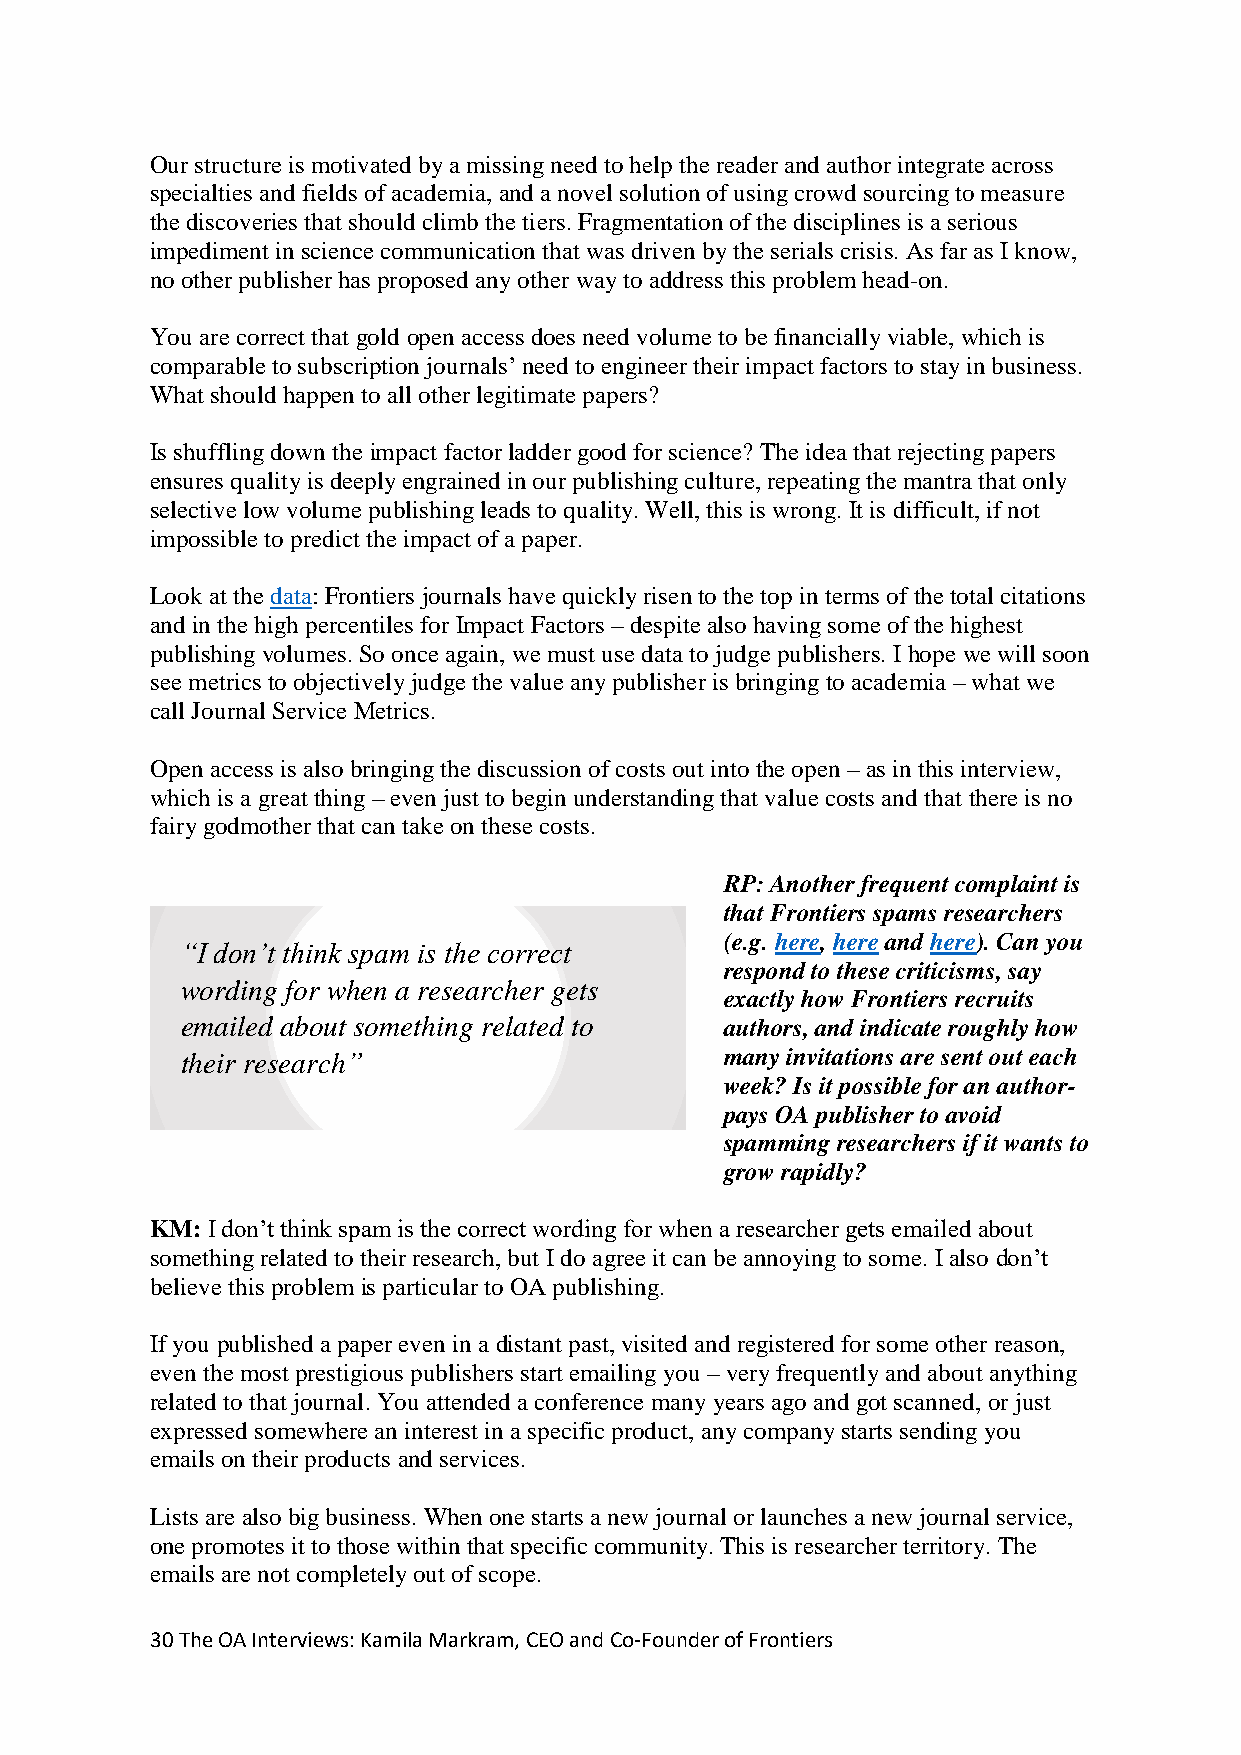
Our structure is motivated by a missing need to help the reader and author integrate across
 specialties and fields of academia, and a novel solution of using crowd sourcing to measure
 the discoveries that should climb the tiers. Fragmentation of the disciplines is a serious
 impediment in science communication that was driven by the serials crisis. As far as I know,
 no other publisher has proposed any other way to address this problem head-on.
 You are correct that gold open access does need volume to be financially viable, which is
 comparable to subscription journals’ need to engineer their impact factors to stay in business.
 What should happen to all other legitimate papers?
 Is shuffling down the impact factor ladder good for science? The idea that rejecting papers
 ensures quality is deeply engrained in our publishing culture, repeating the mantra that only
 selective low volume publishing leads to quality. Well, this is wrong. It is difficult, if not
 impossible to predict the impact of a paper.
 Look at the data: Frontiers journals have quickly risen to the top in terms of the total citations
 and in the high percentiles for Impact Factors – despite also having some of the highest
 publishing volumes. So once again, we must use data to judge publishers. I hope we will soon
 see metrics to objectively judge the value any publisher is bringing to academia – what we
 call Journal Service Metrics.
 Open access is also bringing the discussion of costs out into the open – as in this interview,
 which is a great thing – even just to begin understanding that value costs and that there is no
 fairy godmother that can take on these costs.
 RP: Another frequent complaint is
 that Frontiers spams researchers
 (e.g. here, here and here). Can you
 “I don’t think spam is the correct
 respond to these criticisms, say
 wording for when a researcher gets
 exactly how Frontiers recruits
 emailed about something related to  authors, and indicate roughly how
 their research”                     many invitations are sent out each
 week? Is it possible for an author-
 pays OA publisher to avoid
 spamming researchers if it wants to
 grow rapidly?
 KM: I don’t think spam is the correct wording for when a researcher gets emailed about
 something related to their research, but I do agree it can be annoying to some. I also don’t
 believe this problem is particular to OA publishing.
 If you published a paper even in a distant past, visited and registered for some other reason,
 even the most prestigious publishers start emailing you – very frequently and about anything
 related to that journal. You attended a conference many years ago and got scanned, or just
 expressed somewhere an interest in a specific product, any company starts sending you
 emails on their products and services.
 Lists are also big business. When one starts a new journal or launches a new journal service,
 one promotes it to those within that specific community. This is researcher territory. The
 emails are not completely out of scope.
 30 The OA Interviews: Kamila Markram, CEO and Co-Founder of Frontiers